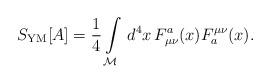
LaTeX: \begin{align*}S_{\rm YM}[A] = \frac{1}{4}\int\limits_{\cal M}\,d^4 x\,F^a_{\mu\nu}(x) F_a^{\mu\nu}(x).\end{align*}